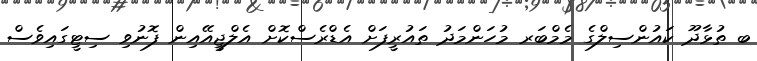
ބ ތުޅާދޫ ކައުންސިލްގެ މެމްބަރ މުހަންމަދު ތައުރީފަށް އެޑްރެސްކޮށް އެލްޖީއޭއިން ފޮނުވި ސިޓީގައިވެސް